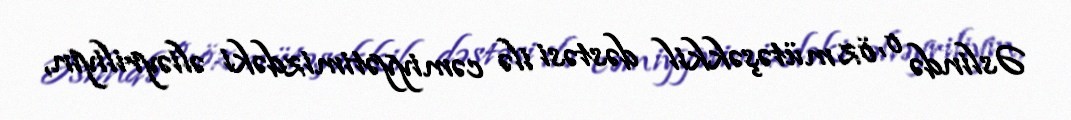
Əslində o, öz mütəşəkkil dəstəsi ilə cəmiyyətimizdəki əliəyriliyin,